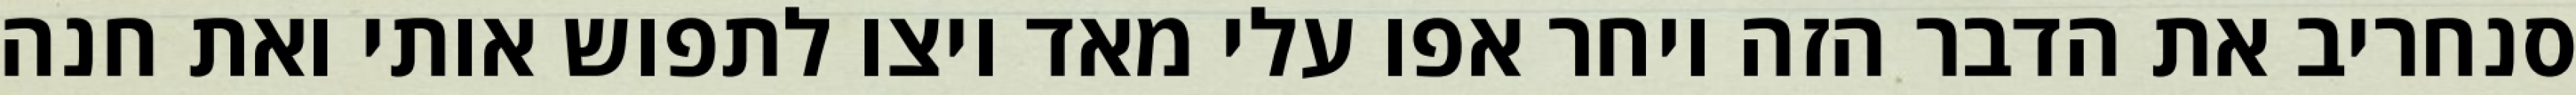
סנחריב את הדבר הזה ויחר אפו עלי מאד ויצו לתפוש אותי ואת חנה